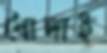
ধোদাই